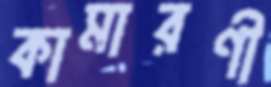
কামারণী